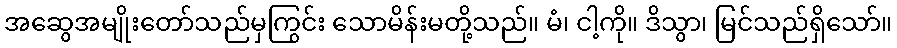
အဆွေအမျိုးတော်သည်မှကြွင်း သောမိန်းမတို့သည်။ မံ၊ ငါ့ကို။ ဒိသွာ၊ မြင်သည်ရှိသော်။